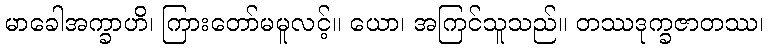
မာခေါအက္ခာဟိ၊ ကြားတော်မမူလင့်။ ယော၊ အကြင်သူသည်။ တဿဒုက္ခဇာတဿ၊